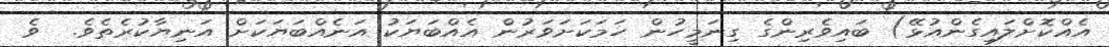
އެއްކޮށްލައިގެންއުޅޭ) ބައިވެރިންގެ ގިނަމީހުން ހަމަކަށަވަރުން އެއްބަޔަކު އަނެއްބަޔަކަށް އަނިޔާކުރެތެވެ.  ވެ